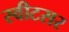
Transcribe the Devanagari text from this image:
स्वीटसर